Annual administration report of the Civil Veterinary Department of India - 1896-1897
Year: 1896
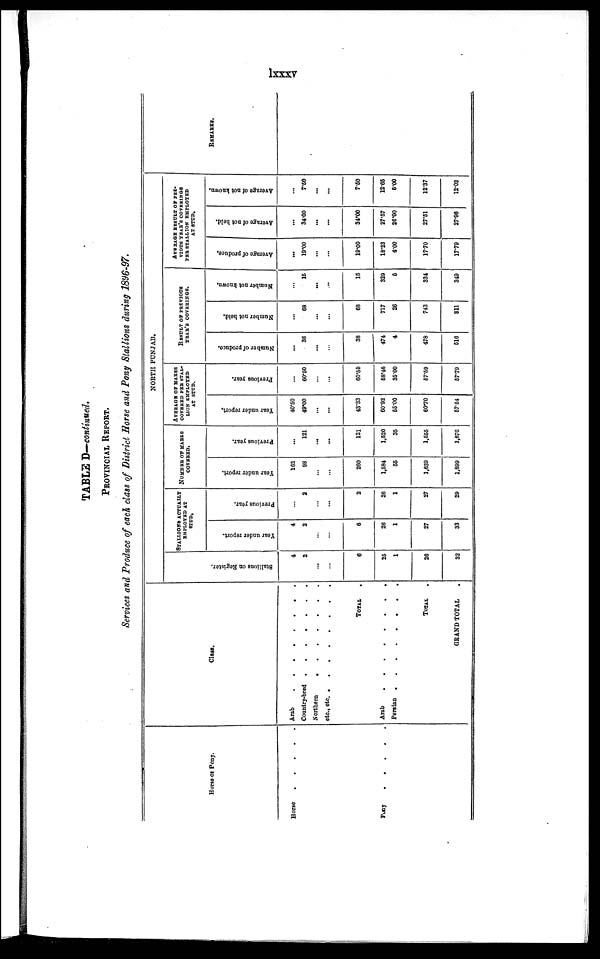
lxxxv
TABLE D—continued.
PROVINCIAL REPORT.
Services and Produce of each class of District Horse and Pony Stallions during 1896-97.
Horse or Pony.
Horse . . . . .
Pony . . . . .
Class.
Arab . . . . . . . .
Country-bred
. . . . . . .
Northern . . . . . . .
etc., etc. .
. . . . . . . .
TOTAL .
Arab. . . . . . . .
Persian . . . . . . . .
TOTAL .
GRAND TOTAL
NORTH PUNJAB.
St al l
i
ons on Regi s t
er .
4
2
...
...
6
25
1
26
32
STALLONS ACTUALLY
EMPLOYED AT
STUD.
Year under report.
4
2
...
...
6
26
1
27
33
Previous year.
...
2
...
...
2
26
1
27
29
NUMBER OF MAERS
COVERED.
Year under report.
162
98
...
...
260
1,584
55
1,639
1,899
Previous year.
...
121
...
...
121
1,520
35
1,555
1,676
AVERAGE OF MARES
COVERED PER STAL-
LION EMPLOYED
AT STUD.
Year under report.
40.50
49.00
...
...
43.33
60.92
55.00
60.70
57.54
Previous year.
...
60.50
...
...
60.50
58.46
35.00
57.59
57.79
RESULT OF PREVIOUS
YEAR'S COVERINGS.
Number of produce.
...
38
...
...
38
474
4
478
516
Number not held.
...
68
...
...
68
717
26
743
811
Number not known.
...
15
...
...
15
329
6
334
349
AVERAGE RESULT OF PRE-
VIOUS YEAR'S COVERINGS
PER STALLION EMPLOYED
AT STUD.
Average of produce.
...
19.00
...
...
19.00
18.23
4.00
17.70
17.79
Average of not held.
...
34.00
...
...
34.00
27.57
26.00
27.51
27.96
Average of not known.
...
7.50
...
...
7.50
12.65
5.00
12.37
12.03
REMARKS.